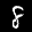
Label: 8